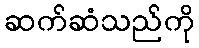
ဆက်ဆံသည်ကို